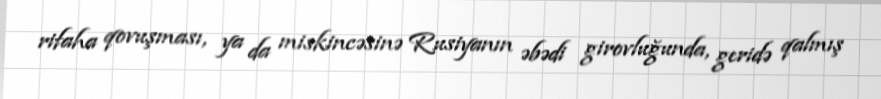
rifaha qovuşması, ya da miskincəsinə Rusiyanın əbədi girovluğunda, geridə qalmış